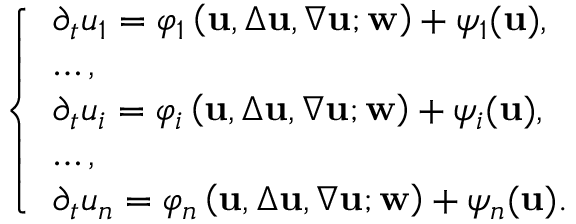
\left\{ \begin{array} { l l } { \displaystyle { \partial _ { t } u _ { 1 } = { \varphi } _ { 1 } \left( { \bf u } , \Delta { \bf u } , \nabla { \bf u } ; { \bf w } \right) + \psi _ { 1 } ( { \bf u } ) } , } \\ { \displaystyle { \ldots , } } \\ { \displaystyle { \partial _ { t } u _ { i } = { \varphi } _ { i } \left( { \bf u } , \Delta { \bf u } , \nabla { \bf u } ; { \bf w } \right) + \psi _ { i } ( { \bf u } ) } , } \\ { \displaystyle { \ldots , } } \\ { \displaystyle { \partial _ { t } u _ { n } = { \varphi } _ { n } \left( { \bf u } , \Delta { \bf u } , \nabla { \bf u } ; { \bf w } \right) + \psi _ { n } ( { \bf u } ) } . } \end{array} \right.